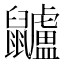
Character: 𪖌